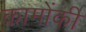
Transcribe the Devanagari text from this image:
कामोंकी